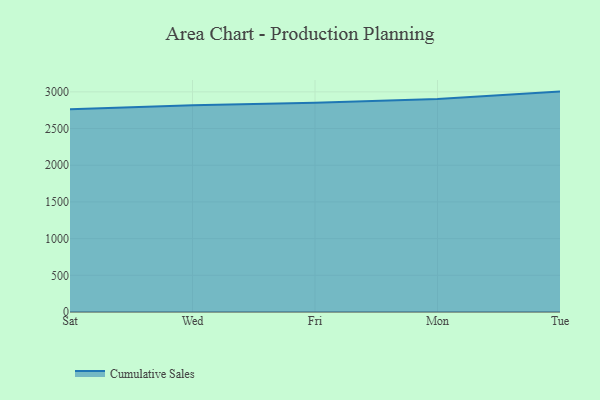
{"axis": {"x": "Day", "y": "Satisfaction Score"}, "legend": ["Cumulative Sales"], "data": [{"x": "Sat", "y": 2763.0, "type": "Cumulative Sales"}, {"x": "Wed", "y": 2816.2, "type": "Cumulative Sales"}, {"x": "Fri", "y": 2852.5, "type": "Cumulative Sales"}, {"x": "Mon", "y": 2901.6, "type": "Cumulative Sales"}, {"x": "Tue", "y": 3003.6, "type": "Cumulative Sales"}]}